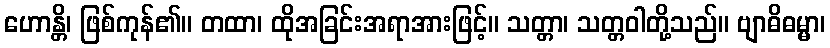
ဟောန္တိ၊ ဖြစ်ကုန်၏။ တထာ၊ ထိုအခြင်းအရာအားဖြင့်။ သတ္တာ၊ သတ္တဝါတို့သည်။ ဗျာဓိဓမ္မာ၊